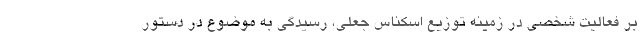
بر فعالیت شخصی در زمینه توزیع اسکناس جعلی، رسیدگی به موضوع در دستور